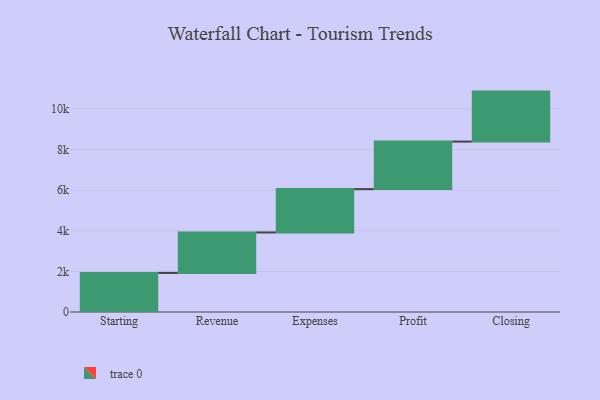
{"axis": {"x": "Step", "y": "Value"}, "legend": [""], "data": [{"x": "Starting", "y": 1924.0, "type": ""}, {"x": "Revenue", "y": 1991.0, "type": ""}, {"x": "Expenses", "y": 2134.0, "type": ""}, {"x": "Profit", "y": 2340.0, "type": ""}, {"x": "Closing", "y": 2460.0, "type": ""}]}